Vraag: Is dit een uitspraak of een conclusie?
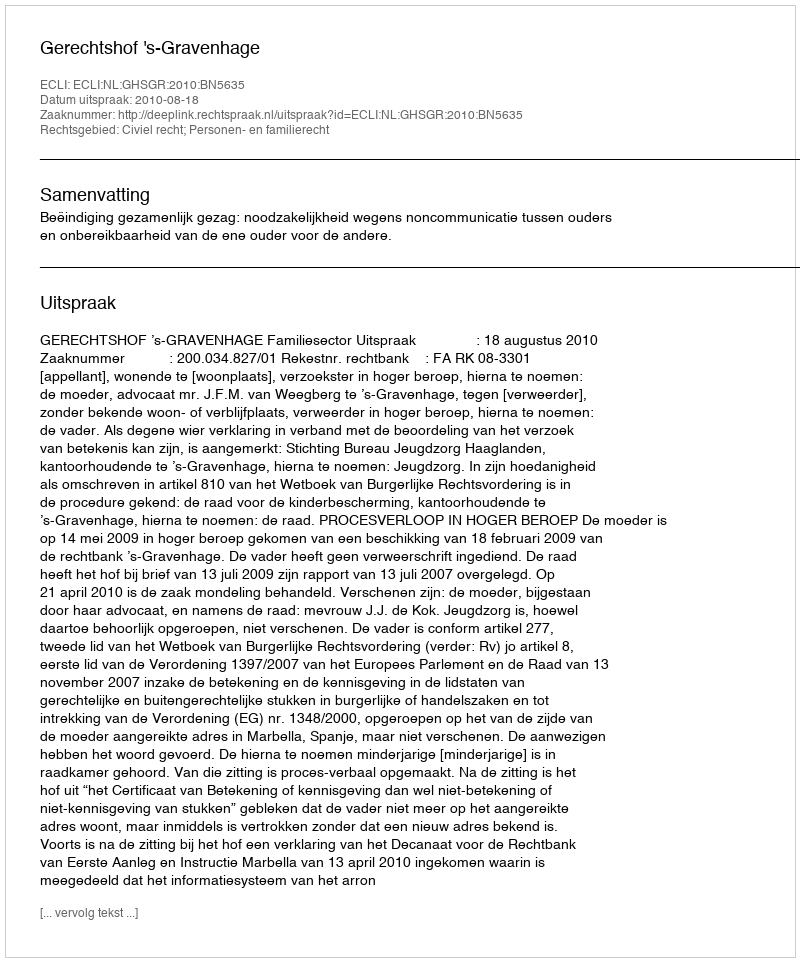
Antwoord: Uitspraak